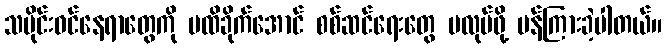
သမိုင်းဝင်နေရာတွေကို မထိခိုက်အောင် စစ်ဆင်ရေးတွေ မလုပ်ဖို့ ပန်ကြားခဲ့ပါတယ်။